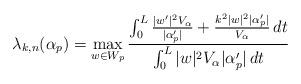
LaTeX: \begin{align*}\lambda_{k,n}(\alpha_p) = \max_{w \in W_p} \frac{\int_0^L \frac{|w'|^2 V_{\alpha}}{|\alpha_p'|} + \frac{k^2 |w|^2 | \alpha_p'|}{V_{\alpha}} \,dt}{\int_0^L |w|^2 V_\alpha |\alpha_p'| \,dt}\end{align*}